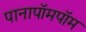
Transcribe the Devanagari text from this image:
पानापॉमपॉम